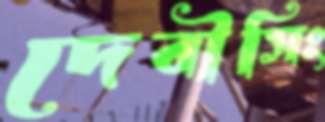
দেবীসিং